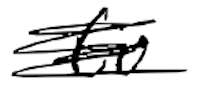
Text: to
Cross-out: scratch
Writing tool: digital_black